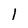
Character: 1